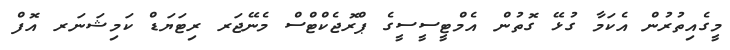
މީގެއިތުރުން އެކަމާ ގުޅޭ ގޮތުން އެމްޓީސީސީގެ ޕްރޮޖެކްޓްސް މެނޭޖަރ ރިޓަޔަޑް ކަމިޝަނަރ އޮފް